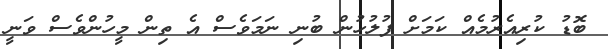
ބޮޑު ކުރިއެރުމެއް ކަމަށް ފުލުހުން ބުނި ނަމަވެސް އެ ތިން މީހުންވެސް ވަނީ